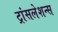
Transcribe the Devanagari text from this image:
ट्रांसलेशन्स